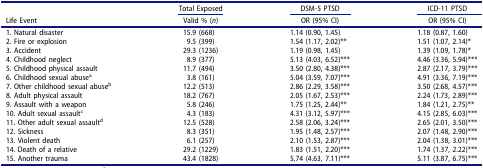
<table><thead><tr><td><b> </b></td><td><b>Total Exposed</b></td><td><b>DSM-5 PTSD</b></td><td><b>ICD-11 PTSD</b></td></tr><tr><td><b>Life Event</b></td><td><b>Valid % (<i>n</i>)</b></td><td><b>OR (95% CI)</b></td><td><b>OR (95% CI)</b></td></tr></thead><tbody><tr><td>1. Natural disaster</td><td>15.9 (668)</td><td>1.14 (0.90, 1.45)</td><td>1.18 (0.87, 1.60)</td></tr><tr><td>2. Fire or explosion</td><td>9.5 (399)</td><td>1.54 (1.17, 2.02)**</td><td>1.51 (1.07, 2.14)*</td></tr><tr><td>3. Accident</td><td>29.3 (1236)</td><td>1.19 (0.98, 1.45)</td><td>1.39 (1.09, 1.78)*</td></tr><tr><td>4. Childhood neglect</td><td>8.9 (377)</td><td>5.13 (4.03, 6.52)***</td><td>4.46 (3.36, 5.94)***</td></tr><tr><td>5. Childhood physical assault</td><td>11.7 (494)</td><td>3.50 (2.80, 4.38)***</td><td>2.87 (2.17, 3.79)***</td></tr><tr><td>6. Childhood sexual abuse<sup>a</sup></td><td>3.8 (161)</td><td>5.04 (3.59, 7.07)***</td><td>4.91 (3.36, 7.19)***</td></tr><tr><td>7. Other childhood sexual abuse<sup>b</sup></td><td>12.2 (513)</td><td>2.86 (2.29, 3.58)***</td><td>3.50 (2.68, 4.57)***</td></tr><tr><td>8. Adult physical assault</td><td>18.2 (767)</td><td>2.05 (1.67, 2.53)***</td><td>2.24 (1.73, 2.89)***</td></tr><tr><td>9. Assault with a weapon</td><td>5.8 (246)</td><td>1.75 (1.25, 2.44)**</td><td>1.84 (1.21, 2.75)**</td></tr><tr><td>10. Adult sexual assault<sup>c</sup></td><td>4.3 (183)</td><td>4.31 (3.12, 5.97)***</td><td>4.15 (2.85, 6.03)***</td></tr><tr><td>11. Other adult sexual assault<sup>d</sup></td><td>12.5 (528)</td><td>2.58 (2.06, 3.24)***</td><td>2.65 (2.01, 3.50)***</td></tr><tr><td>12. Sickness</td><td>8.3 (351)</td><td>1.95 (1.48, 2.57)***</td><td>2.07 (1.48, 2.90)***</td></tr><tr><td>13. Violent death</td><td>6.1 (257)</td><td>2.10 (1.53, 2.87)***</td><td>2.04 (1.38, 3.01)***</td></tr><tr><td>14. Death of a relative</td><td>29.2 (1229)</td><td>1.83 (1.51, 2.20)***</td><td>1.74 (1.37, 2.22)***</td></tr><tr><td>15. Another trauma</td><td>43.4 (1828)</td><td>5.74 (4.63, 7.11)***</td><td>5.11 (3.87, 6.75)***</td></tr></tbody></table>